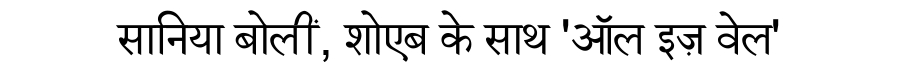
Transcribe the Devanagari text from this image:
सानिया बोलीं, शोएब के साथ 'ऑल इज़ वेल'